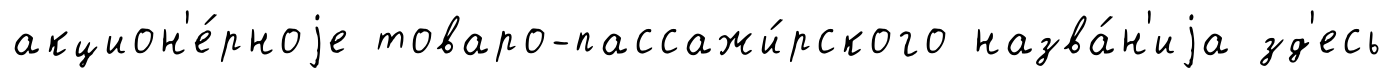
акцион'е́рноjе товаро-пассажи́рского назва́н'иjа зд'есь